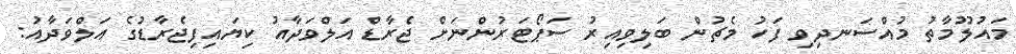
މައުލޫމާތު މުއްސަނދިވި ފަހު މެޗުން ބަލިވިއިރު ސަޕޯޓަރުންނަށް ޖެރާޑް އަލްވަދާއު ކިޔައިފިޖެރާޑުގެ އަލްވަދާއު: